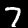
Label: 7